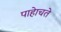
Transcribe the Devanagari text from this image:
पाहेाचते